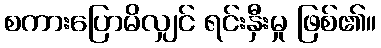
စကားပြောမိလျှင် ရင်းနှီးမှု ဖြစ်၏။